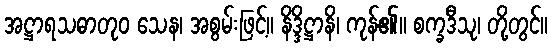
အဋ္ဌာရသဓာတုဝ သေန၊ အစွမ်းဖြင့်။ နိဒ္ဒိဋ္ဌာနိ၊ ကုန်၏။ စက္ခဒီသု၊ တို့တွင်။